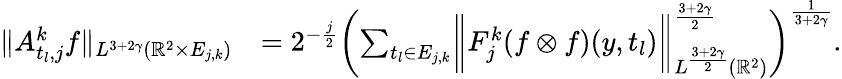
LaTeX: \begin{array}{rl}{\| A_{t_{l},j}^{k}f\| _{L^{3+2\gamma}({\mathbb{R}}^{2}\times E_{j,k})}}&{=2^{-\frac{j}{2}}\biggl(\sum_{t_{l}\in E_{j,k}}\biggl\| F_{j}^{k}(f\otimes f)(y,t_{l})\biggl\| _{L^{\frac{3+2\gamma}{2}}({\mathbb{R}}^{2})}^{\frac{3+2\gamma}{2}}\biggl)^{\frac{1}{3+2\gamma}}.}\end{array}